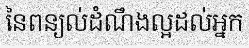
នៃពន្យល់ដំណឹងល្អដល់អ្នក